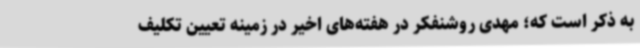
به ذکر است که؛ مهدی روشنفکر در هفته‌های اخیر در زمینه تعیین تکلیف